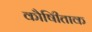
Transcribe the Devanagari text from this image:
कौषीिताक